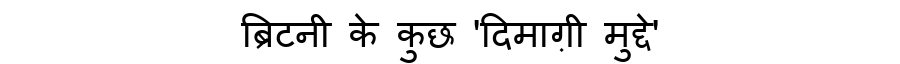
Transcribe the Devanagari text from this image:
ब्रिटनी के कुछ 'दिमाग़ी मुद्दे'